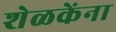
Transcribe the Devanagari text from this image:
शेळकेंना